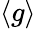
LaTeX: \langle{g}\rangle{}